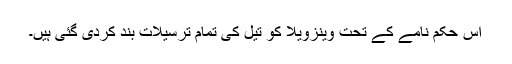
اس حکم نامے کے تحت وینزویلا کو تیل کی تمام ترسیلات بند کردی گئی ہیں۔